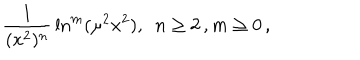
LaTeX: { \frac { 1 } { ( x ^ { 2 } ) ^ { n } } } \ln ^ { m } ( \mu ^ { 2 } x ^ { 2 } ) , ~ ~ n \geq 2 \, , m \geq 0 \, ,